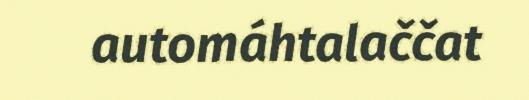
automáhtalaččat